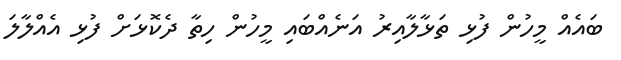
ބައެއް މީހުން ފުޅި ތަޅާލާއިރު އަނެއްބައި މީހުން ހިތާ ދެކޮޅަށް ފުޅި އެއްލާލަ